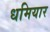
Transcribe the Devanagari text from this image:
धमियार